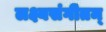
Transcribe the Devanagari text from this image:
लक्ष्यसंगीतम्‌